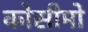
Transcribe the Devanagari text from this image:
कोसीमो